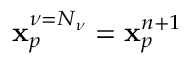
\mathbf { x } _ { p } ^ { \nu = N _ { \nu } } = \mathbf { x } _ { p } ^ { n + 1 }